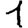
Digit: 1